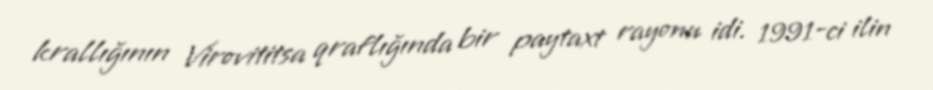
krallığının Virovititsa qraflığında bir paytaxt rayonu idi. 1991-ci ilin